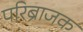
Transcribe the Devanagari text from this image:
परिब्राजक